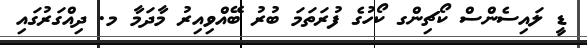
ޑީ ލައިސެންސް ކޯޗިންގ ކޯހުގެ ފުރަތަމަ ބުރު ބޭއްވިއިރު މާދަމާ މ. ދިއްގަރުގައި